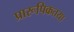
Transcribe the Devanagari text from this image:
प्रारूपिकतया